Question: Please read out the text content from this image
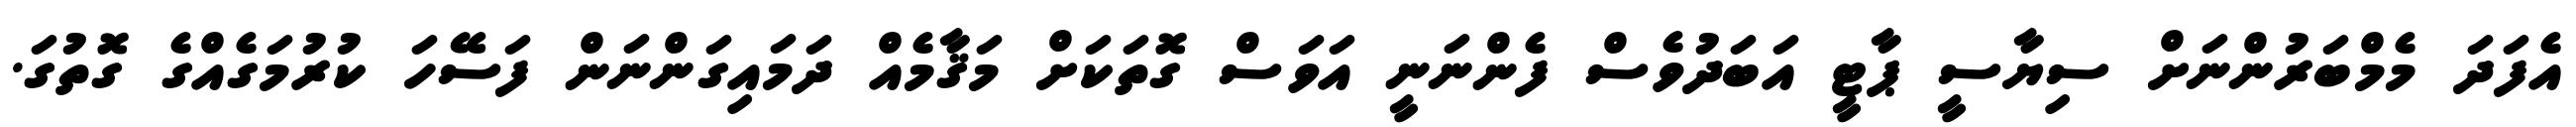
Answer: އެފަދަ މެމްބަރުންނަށް ސިޔާސީ ޕާޓީ އަބަދުވެސް ފެންނަނީ އަވަސް ގޮތަކަށް މަޤާމެއް ދަމައިގަންނަން ފަސޭހަ ކުރުމަގެއްގެ ގޮތުގަ.